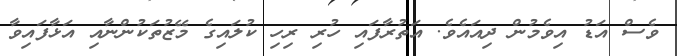
ވެސް އަޑު އިވެމުން ދިއައެވެ. އަތުރާފައި ހުރި ރިހި ކުލައިގެ މޭޒުތަކުންނާއި އަޅާފައިވާ